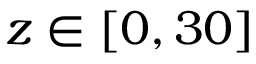
z \in [ 0 , 3 0 ]